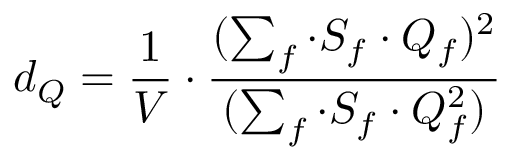
d _ { Q } = \frac { 1 } { V } \cdot \frac { ( \sum _ { f } \cdot S _ { f } \cdot Q _ { f } ) ^ { 2 } } { ( \sum _ { f } \cdot S _ { f } \cdot Q _ { f } ^ { 2 } ) } ~